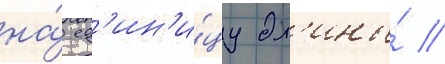
на́ ед'ин'и́цу дл'ины́ //